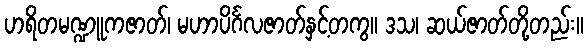
ဟရိတမဏ္ဍူကဇာတ်၊ မဟာပိင်္ဂလဇာတ်နှင့်တကွ။ ဒသ၊ ဆယ်ဇာတ်တို့တည်း။